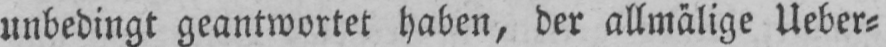
unbedingt geantwortet haben, der allmälige Ueber⸗